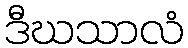
ဒီဃသာလံ